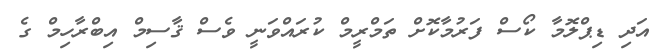
އަދި ޑިޕްލޮމާ ކޯސް ފަރުމާކޮށް ތަމްރީމް ކުރައްވަނީ ވެސް ޤާސިމް އިބްރާހިމް ގެ